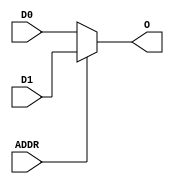
module M2_1_new(	input D0,	output O,
						input D1,
						input ADDR
    );

assign O = ADDR ? D1 : D0;

endmodule